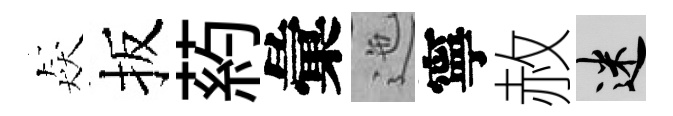
猋扳葯彙迤寧赦迷